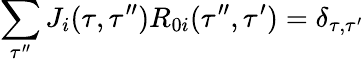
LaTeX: \sum_{\tau^{\prime\prime}}J_{i}(\tau,\tau^{\prime\prime})R_{0i}(\tau^{\prime\prime},\tau^{\prime})=\delta_{\tau,\tau^{\prime}}